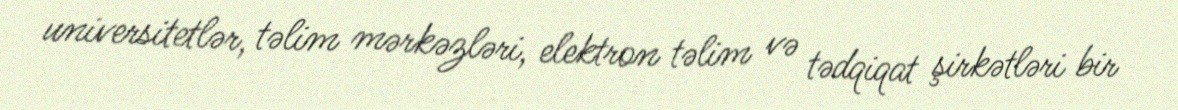
universitetlər, təlim mərkəzləri, elektron təlim və tədqiqat şirkətləri bir